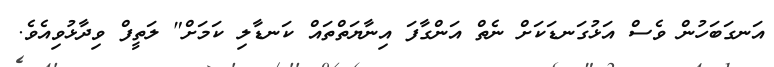
އަނގަބަހުން ވެސް އަޅުގަނޑަކަށް ނެތް އަންގާފަ އިނާޔަތްތައް ކަނޑާލި ކަމަށް" ލަތީފް ވިދާޅުވިއެވެ.